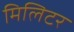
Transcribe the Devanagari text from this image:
मिलिटर